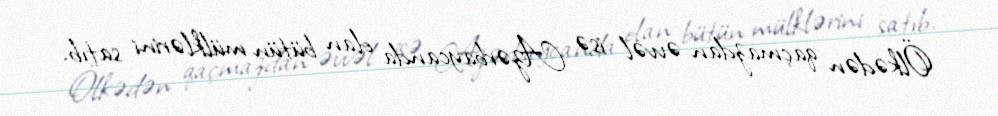
Ölkədən qaçmazdan əvvəl isə Azərbaycanda olan bütün mülklərini satıb.